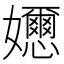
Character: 𡤘